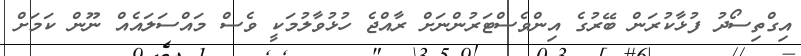
އިގްތިސޯދު ފުޅާކުރަން ބޭރުގެ އިންވެސްޓަރުންނަށް ރާއްޖެ ހުޅުވާލުމަކީ ވެސް މައްސަލައެއް ނޫން ކަމަށް